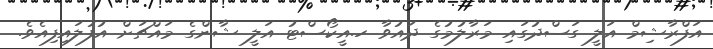
އަފްރާޝިމް އަލީ ގަސްދުގައި މަރާލުމުގެ ދައުވާ ހ.އީކޯސްޓު އަލީ ޝާންގެ މައްޗަށް އުފުލައިފިއެވެ.